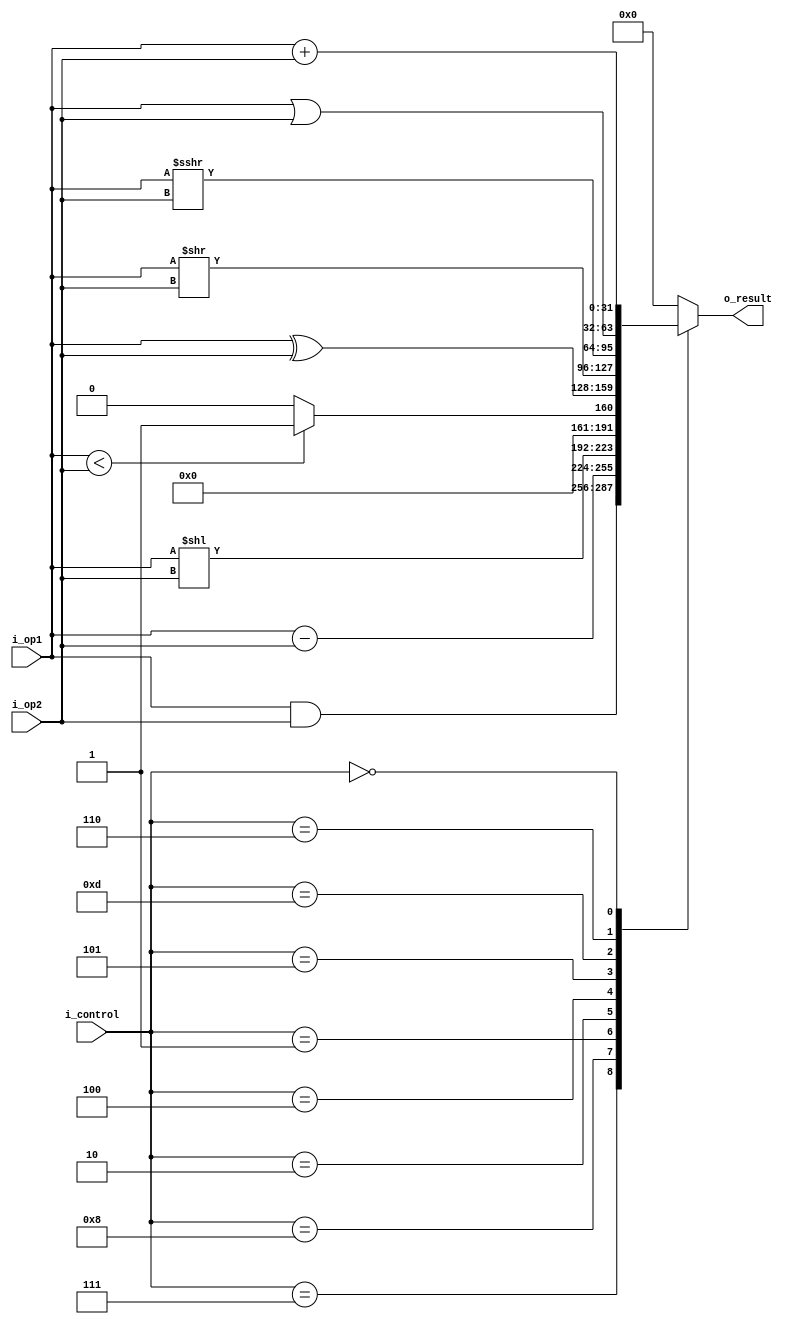
module alu(output reg [31:0] o_result,
           input wire [3:0]  i_control,
           input wire [31:0] i_op1, i_op2);

localparam ADD = 4'h0, SLL = 4'h1, SLT = 4'h2, SLTU = 4'h3;
localparam XOR = 4'h4, SRL = 4'h5, OR  = 4'h6, AND  = 4'h7;
localparam SUB = 4'h8, SRA = 4'hd;

always @(*)
begin
	case(i_control)
		AND : o_result = i_op1 & i_op2;
		SUB : o_result = i_op1 - i_op2;
		SLL : o_result = i_op1 << i_op2;
		SLT : o_result = ( i_op1 < i_op2) ? 32'b01 : 32'b0;
		//SLTU: o_result = ( i_op1 < i_op2) ? 32'b01 : 32'b0;
		XOR : o_result = i_op1 ^ i_op2;
		SRL : o_result = i_op1 >> i_op2;
		SRA : o_result = i_op1 >>> i_op2;
		OR  : o_result = i_op1 | i_op2;
		ADD : o_result = i_op1 + i_op2;
		default	: o_result = 32'b0;
	endcase
end

endmodule